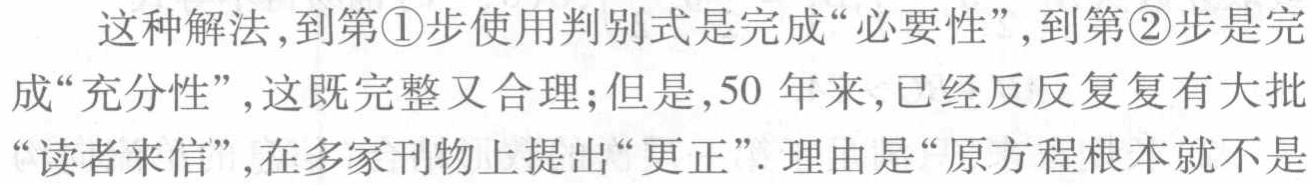
这种解法,到第\textcircled{1}步使用判别式是完成“必要性”,到第\textcircled{2}步是完成“充分性”,这既完整又合理;但是,50 年来,已经反反复复有大批“读者来信”,在多家刊物上提出“更正”. 理由是“原方程根本就不是